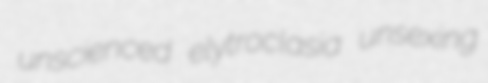
unscienced elytroclasia unsexing